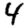
Digit: 4